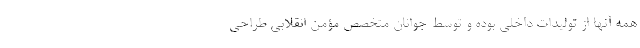
همه آنها از تولیدات داخلی بوده و توسط جوانان متخصص مؤمن انقلابی طراحی